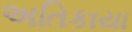
અતિકાયા